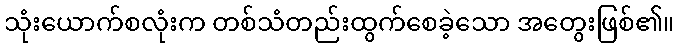
သုံးယောက်စလုံးက တစ်သံတည်းထွက်စေခဲ့သော အတွေးဖြစ်၏။